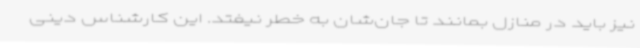
نیز باید در منازل بمانند تا جان‌شان به خطر نیفتد. این کارشناس دینی